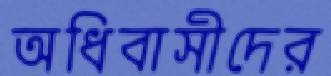
অধিবাসীদের